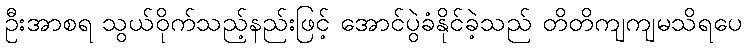
ဦးအာစရ သွယ်ဝိုက်သည့်နည်းဖြင့် အောင်ပွဲခံနိုင်ခဲ့သည် တိတိကျကျမသိရပေ